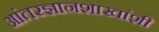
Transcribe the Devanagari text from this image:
आंतरज्ञानशाखांशी